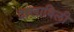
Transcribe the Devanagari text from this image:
दाखाविली